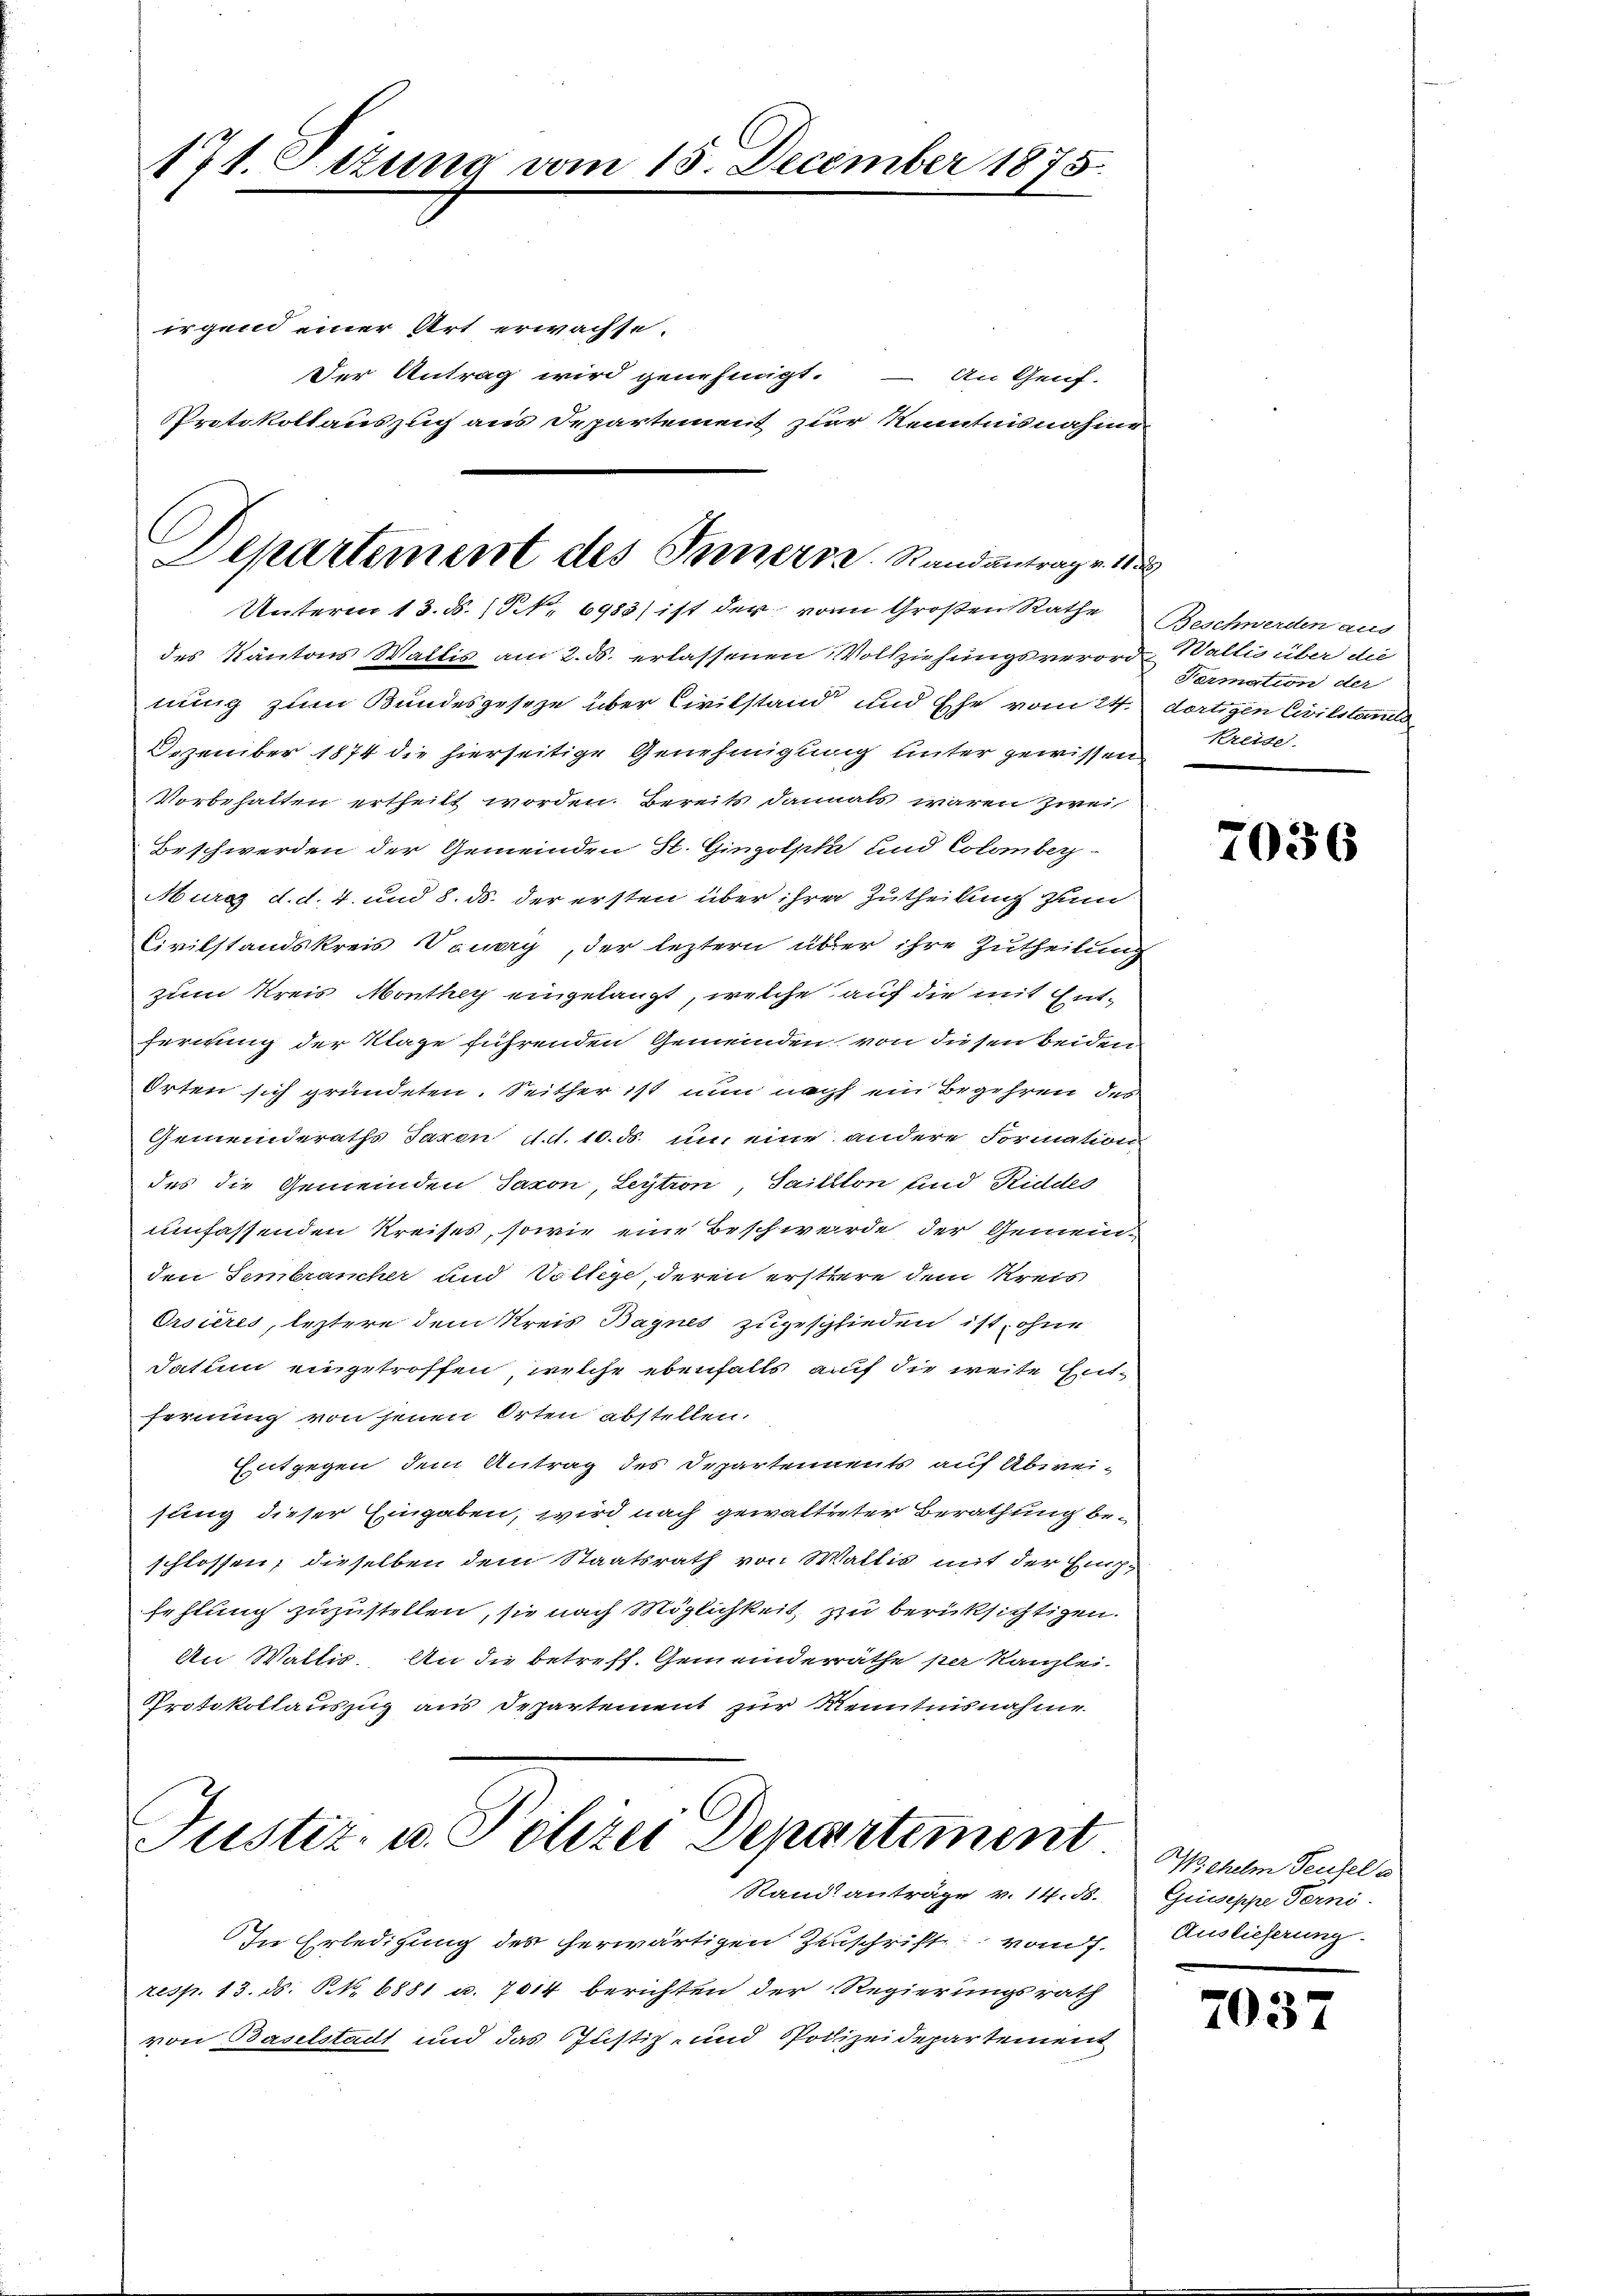
171. Ottung vom 15. December 1875.

Unterm 13. d. 1. 6983) ist der von Großen Rathe Beschwerden aus

irgend einer Art erwachse.
Der Antrag wird genehmigt. – An Genf-
Protokollauszug aus Departement zur Kenntnisnahme
Departement des Innern. Randantrag v. 1

des Kantons Wallis am 2. ds. erlassenen Vollziehungsverord- Wallis über die
nung zum Bundesgeseze über Civilstand und Ehe vom 24. dortigen Civilstand
Dezember 1874 die hierseitige Genehmigung unter gewissen
Vorbehalten ertheilt worden. Bereits damals waren zwei
Beschwerden der Gemeinden K. Gingolphi und Colomber
Murz d. d. 4. und 8. ds. der ersten über ihrer Zutheilung zum
Civilstandskreis Vaudry, der leztern über ihre Zutheilung
zum Kreis Monthey eingelangt, welche auf die mit Entfernung der Klage führenden Gemeinden, von diesen beiden
Orten sich gründeten. Seither ist nun nach ein Begehren des
Gemeinderaths Taxen d. d. 10. ds. um eine andere Formation
des die Gemeinden Jaxon, Leytion, Saitlton und Riddes
umfassenden Kreises, sowie eine Beschwerde der Gemeinden Fembrancher und Vollege, deren erstere dem Kreis-
Orsières, leztere dem Kreis Bagnes zugeschlieden ist, ohne
Datum eingetroffen, welche ebenfalls auf die weite Entfernung von jenen Orten abstellen.
Entgegen dem Antrag des Departennents auf Abweisung dieser Eingaben, wird nach gewaltreter Berathung beschlossen, dieselben dem Staatsrath von Wallis mit der Einpfehlung zuzustellen, sie nach Möglichkeit zu berüksichtigen.
An Wallis. An die betreff. Gemeinderräthe per Kanzlei-
Protokollauszug aus Departement zur Kenntnisnahme

Justiz- u. Polizei Departement.
Stand anträge v. 14. 56.

In Erledigung des herwärtigen Zuschrift vom 7.
resp. 13. ds. NNo. 6881 u. 7014 berichten der Regierungsrath
von Baselstadt und das Justiz- und Polizeidepartement

Fermation der
Kreise.

7056

Wichelm Teufels
Grisseppe Ferni
Auslieferung

203